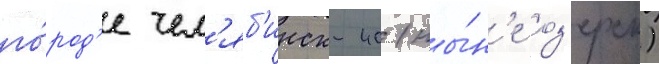
го́род'е чел'яб'инск-40 (ны́н'е оз'ерск)